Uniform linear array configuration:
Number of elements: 12
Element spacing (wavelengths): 0.5
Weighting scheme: kaiser
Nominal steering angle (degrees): -15
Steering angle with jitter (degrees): -15.964
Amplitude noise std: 0.05
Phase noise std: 0.05

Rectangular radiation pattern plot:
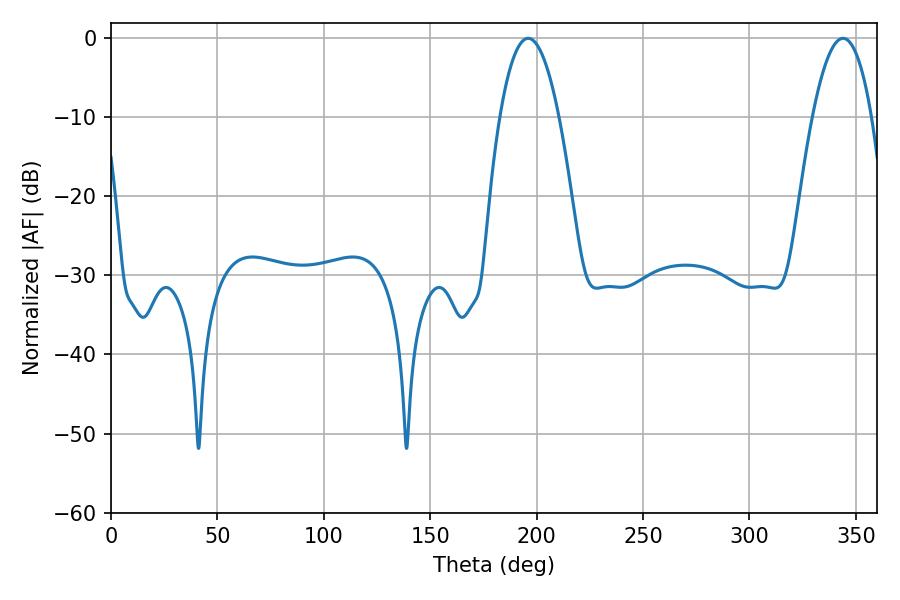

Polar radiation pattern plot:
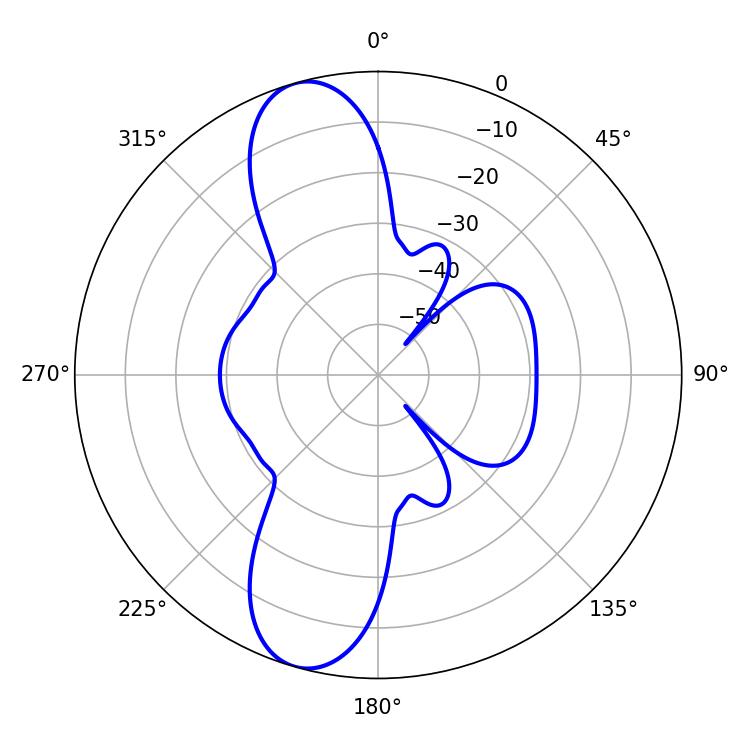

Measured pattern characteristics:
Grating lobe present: FALSE
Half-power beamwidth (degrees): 15.48
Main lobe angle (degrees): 196.02